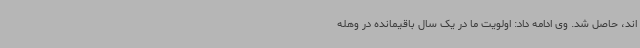
اند، حاصل شد. وی ادامه داد: اولویت ما در یک سال باقیمانده در وهله